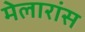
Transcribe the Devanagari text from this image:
मेलारांस